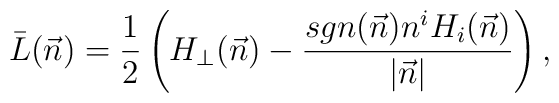
\bar{L}(\vec{n}) = \frac{1}{2}\left(H_{\perp}(\vec{n}) -\frac{sgn(\vec{n}) n^{i} H_{i}(\vec{n})}{|\vec{n}|}\right),